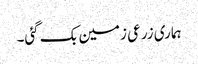
ہماری زرعی زمین بک گئی۔